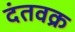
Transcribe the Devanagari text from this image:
दंतवक्र